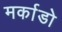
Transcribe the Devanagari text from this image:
मर्काडो